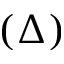
( \Delta )